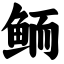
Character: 鲕